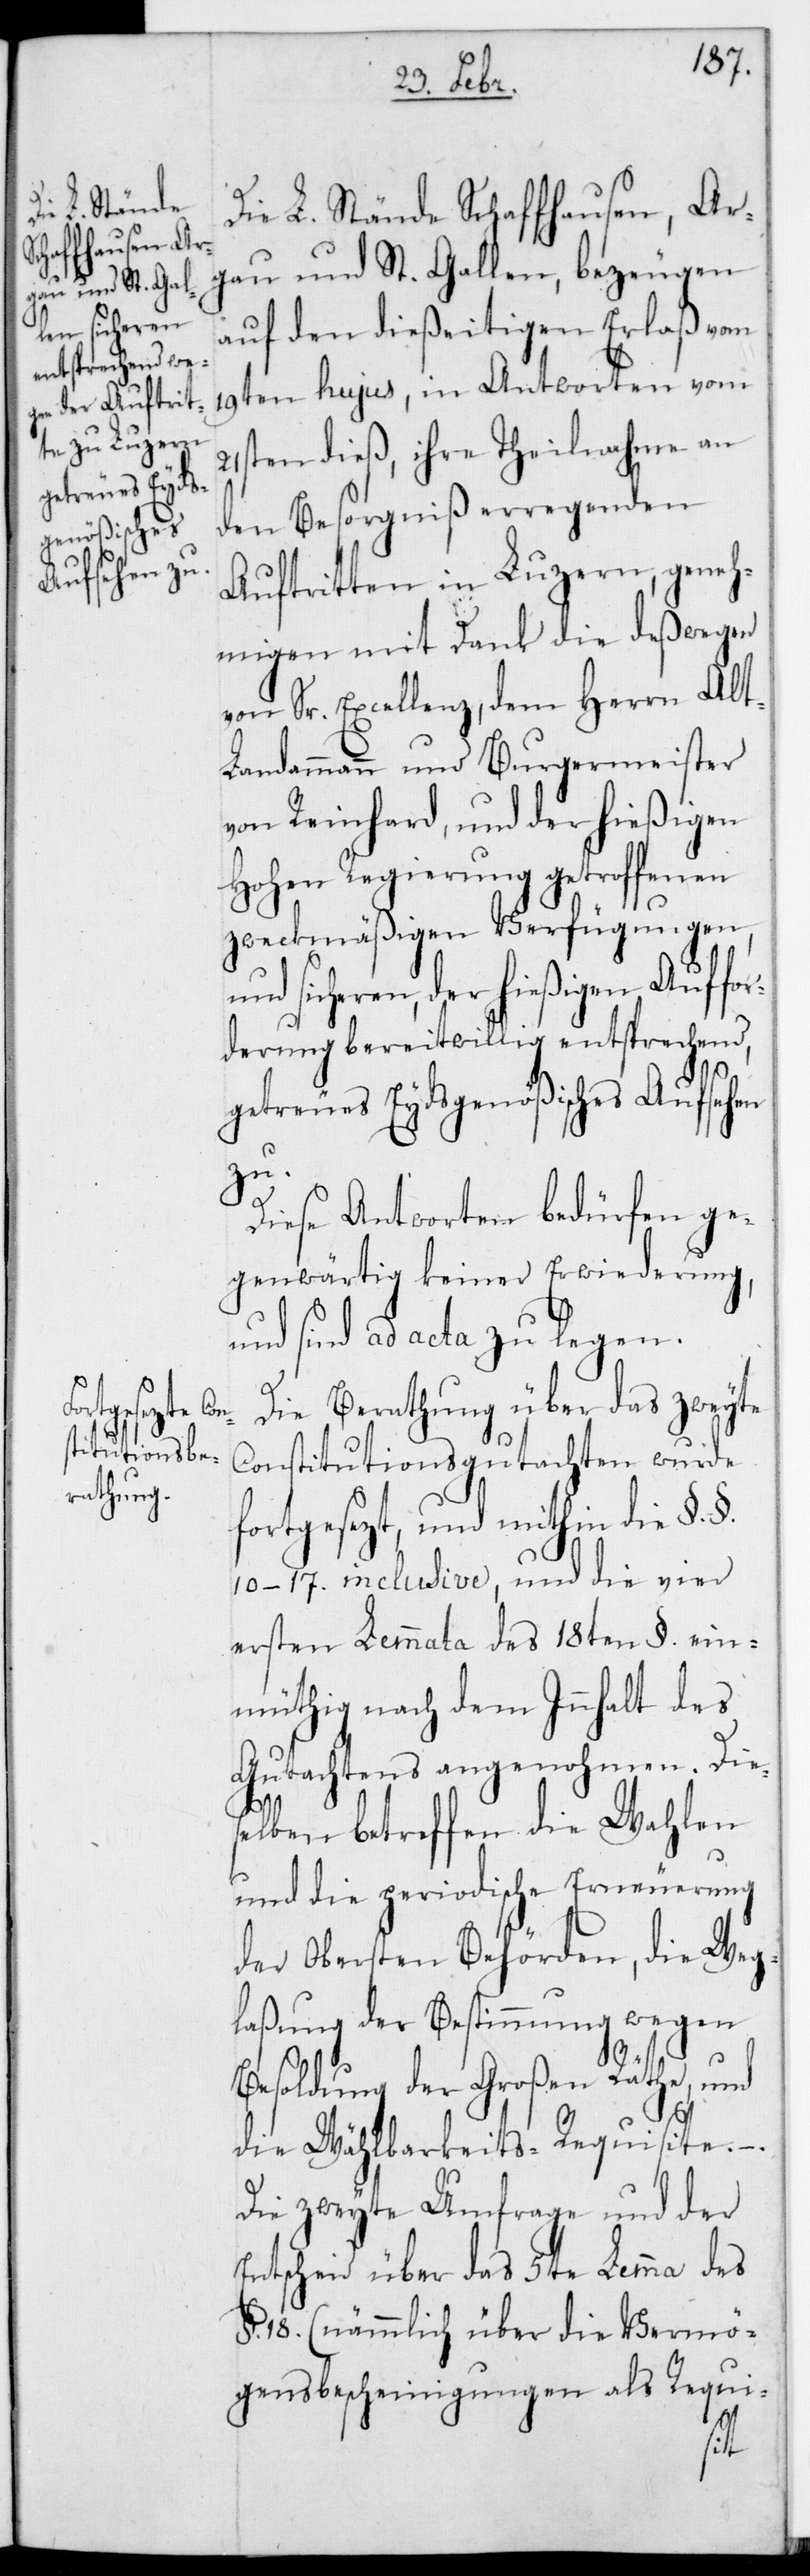
getreues Eyds¬
genößisches
Aufsehen zu.

Die L. Stände Schaffhausen, Ar¬
gau und St. Gallen bezeugen
auf den dießeitigen Erlaß vom
19ten hujus, in Antworten vom
21sten dieß, ihre Theilnahme an
den Besorgnis erregenden
Auftritten in Luzern, geneh¬
migen mit Dank die deßwegen
von Sr. Excellenz dem Herrn Alt¬
landammann und Burgermeister
von Reinhard, und der hießigen
Hohen Regierung getroffenen
zweckmäßigen Verfügungen,
und sicheren der hießigen Auffor¬
derung bereitwillig entsprechend,
Diese Antworten bedürfen ge¬
genwärtig keiner Erwiderung
und sind ad acta zu legen.
Die Berathung über das zweyte
Constitutionsgutachten wurde
fortgesezt, und mithin die §.§.
10.–17. inclusive, und die vier
ersten Lemmata des 18ten §. ein¬
müthig nach dem Innhalt des
Gutachtens angenohmen. Dies¬
elben betreffen die Wahlen
und die periodische Erneuerung
der obersten Behörden; die Weg¬
laßung der Bestimmung wegen
Besoldung der Großen Räthe und
die Wählbarkeits-Requisite.
Die zweyte Umfrage und der
Entscheid über das 5te Lemma des
§. 18. (nämmlich über die Vermö¬
gensbescheinigungen als Requi-